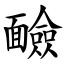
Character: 䩎